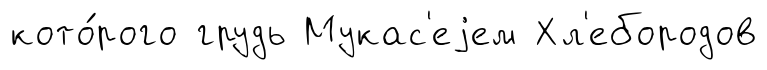
кото́рого грудь Мукас'еjем Хл'ебородов